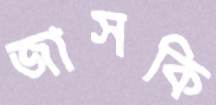
জাসকি